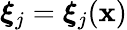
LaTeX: \boldsymbol{\xi}_{j}=\boldsymbol{\xi}_{j}(\mathbf{x})